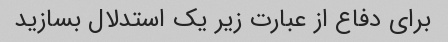
برای دفاع از عبارت زیر یک استدلال بسازید